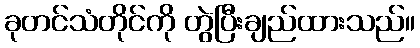
ခုတင်သံတိုင်ကို တွဲပြီးချည်ထားသည်။